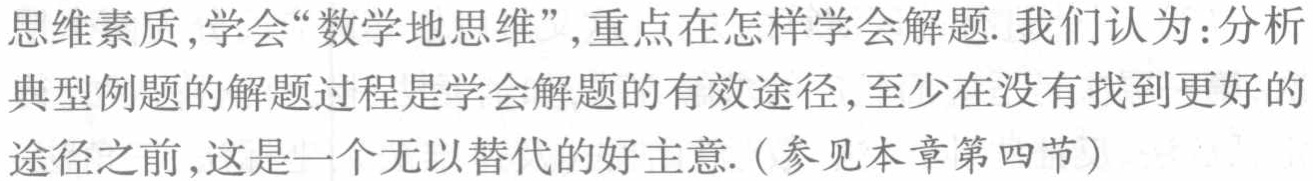
思维素质,学会“数学地思维”,重点在怎样学会解题. 我们认为：分析典型例题的解题过程是学会解题的有效途径,至少在没有找到更好的途径之前,这是一个无以替代的好主意. (参见本章第四节)